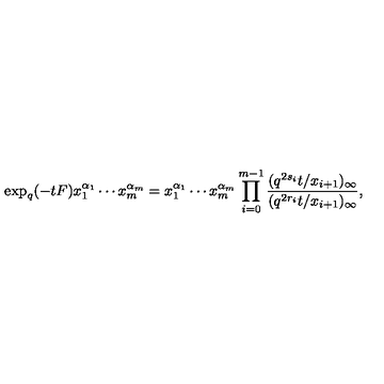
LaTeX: \exp _ { q } ( - t F ) x _ { 1 } ^ { \alpha _ { 1 } } \cdots x _ { m } ^ { \alpha _ { m } } = x _ { 1 } ^ { \alpha _ { 1 } } \cdots x _ { m } ^ { \alpha _ { m } } \prod _ { i = 0 } ^ { m - 1 } \frac { ( q ^ { 2 s _ { i } } t / x _ { i + 1 } ) _ { \infty } } { ( q ^ { 2 r _ { i } } t / x _ { i + 1 } ) _ { \infty } } ,